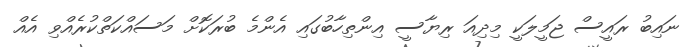
ނައިބު ރައީސް ޖަމީލަކީ މިދިއަ ރިޔާސީ އިންތިހާބުގައި އެންމެ ބުރަކޮށް މަސައްކަތްކުރެއްވި އެއް